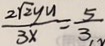
\frac { 2 \sqrt { 2 } y _ { n } } { 3 x } = \frac { 5 } { 3 }